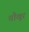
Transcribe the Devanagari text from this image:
चौखूर